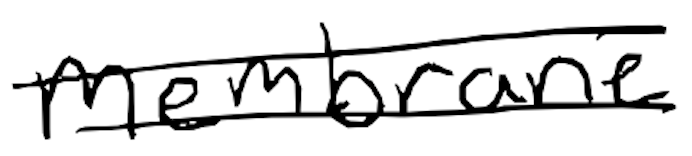
Text: membrane
Cross-out: double-line
Writing tool: digital_black